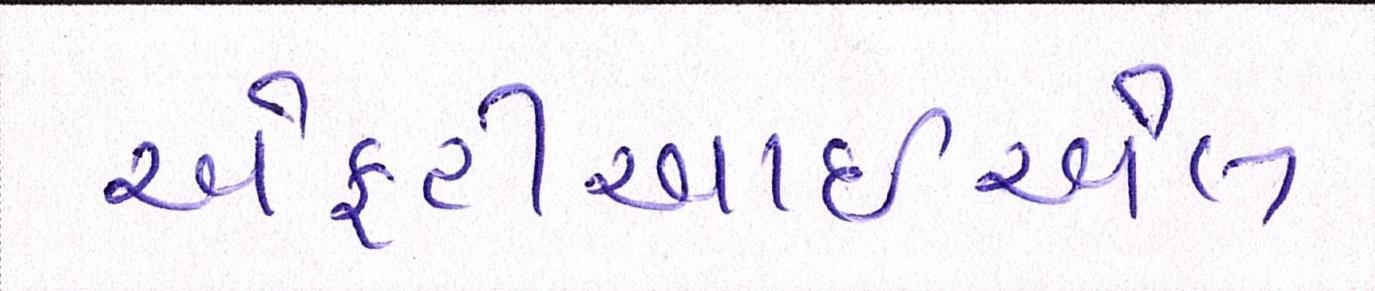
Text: એફટીઆઈએલ